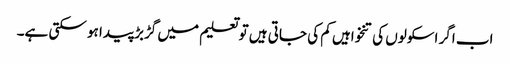
اب اگر اسکولوں کی تنخواہیں کم کی جاتی ہیں تو تعلیم میں گڑبڑ پیدا ہو سکتی ہے۔